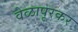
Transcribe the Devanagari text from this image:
वेळापूरकर